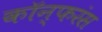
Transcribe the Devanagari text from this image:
कॉन्फरंस